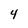
Character: 4